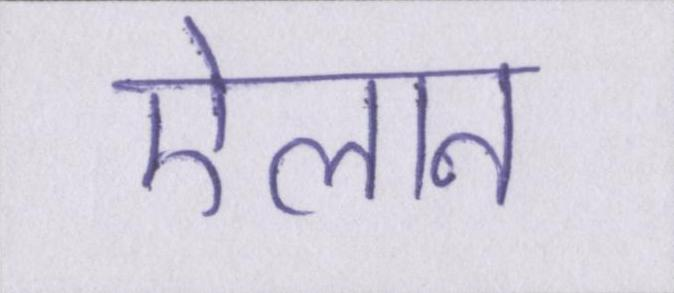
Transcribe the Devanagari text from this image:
ऐलान